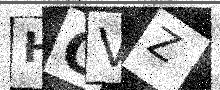
Text: HOVZ